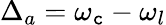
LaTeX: \Delta_{a}=\omega_{\mathtt{c}}-\omega_{l}